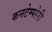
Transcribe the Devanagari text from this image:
कनटेम्परेरी